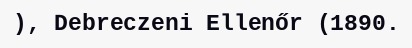
), Debreczeni Ellenőr (1890.